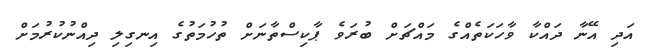
އަދި އޭނާ ދައްކާ ވާހަކަތެއްގެ މައްޗަށް ބުރަވެ ޕާކިސްތާނަށް ތުހުމަތުގެ އިނގިލި ދިއްނުކުރުމަށް